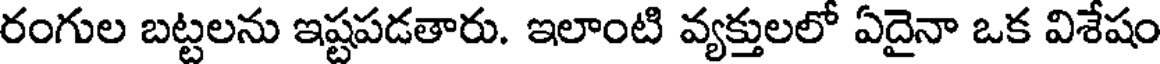
రంగుల బట్టలను ఇష్టపడతారు. ఇలాంటి వ్యక్తులలో ఏదైనా ఒక విశేషం